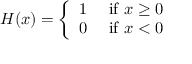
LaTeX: H ( x ) = { \left\{ \begin{array} { l l } { 1 } & { { \mathrm { ~ i f ~ } } x \geq 0 } \\ { 0 } & { { \mathrm { ~ i f ~ } } x < 0 } \end{array} \right. }